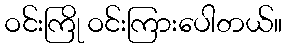
ဝင်းကြို ဝင်းကြားပေါတယ်။